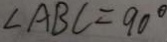
\angle A B C = 9 0 ^ { \circ }